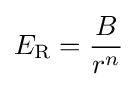
E_{\text{R}}={\frac {B}{r^{n}}}